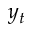
y _ { t }